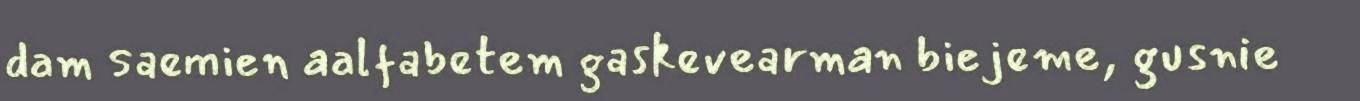
dam saemien aalfabetem gaskevearman biejeme, gusnie